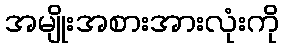
အမျိုးအစားအားလုံးကို